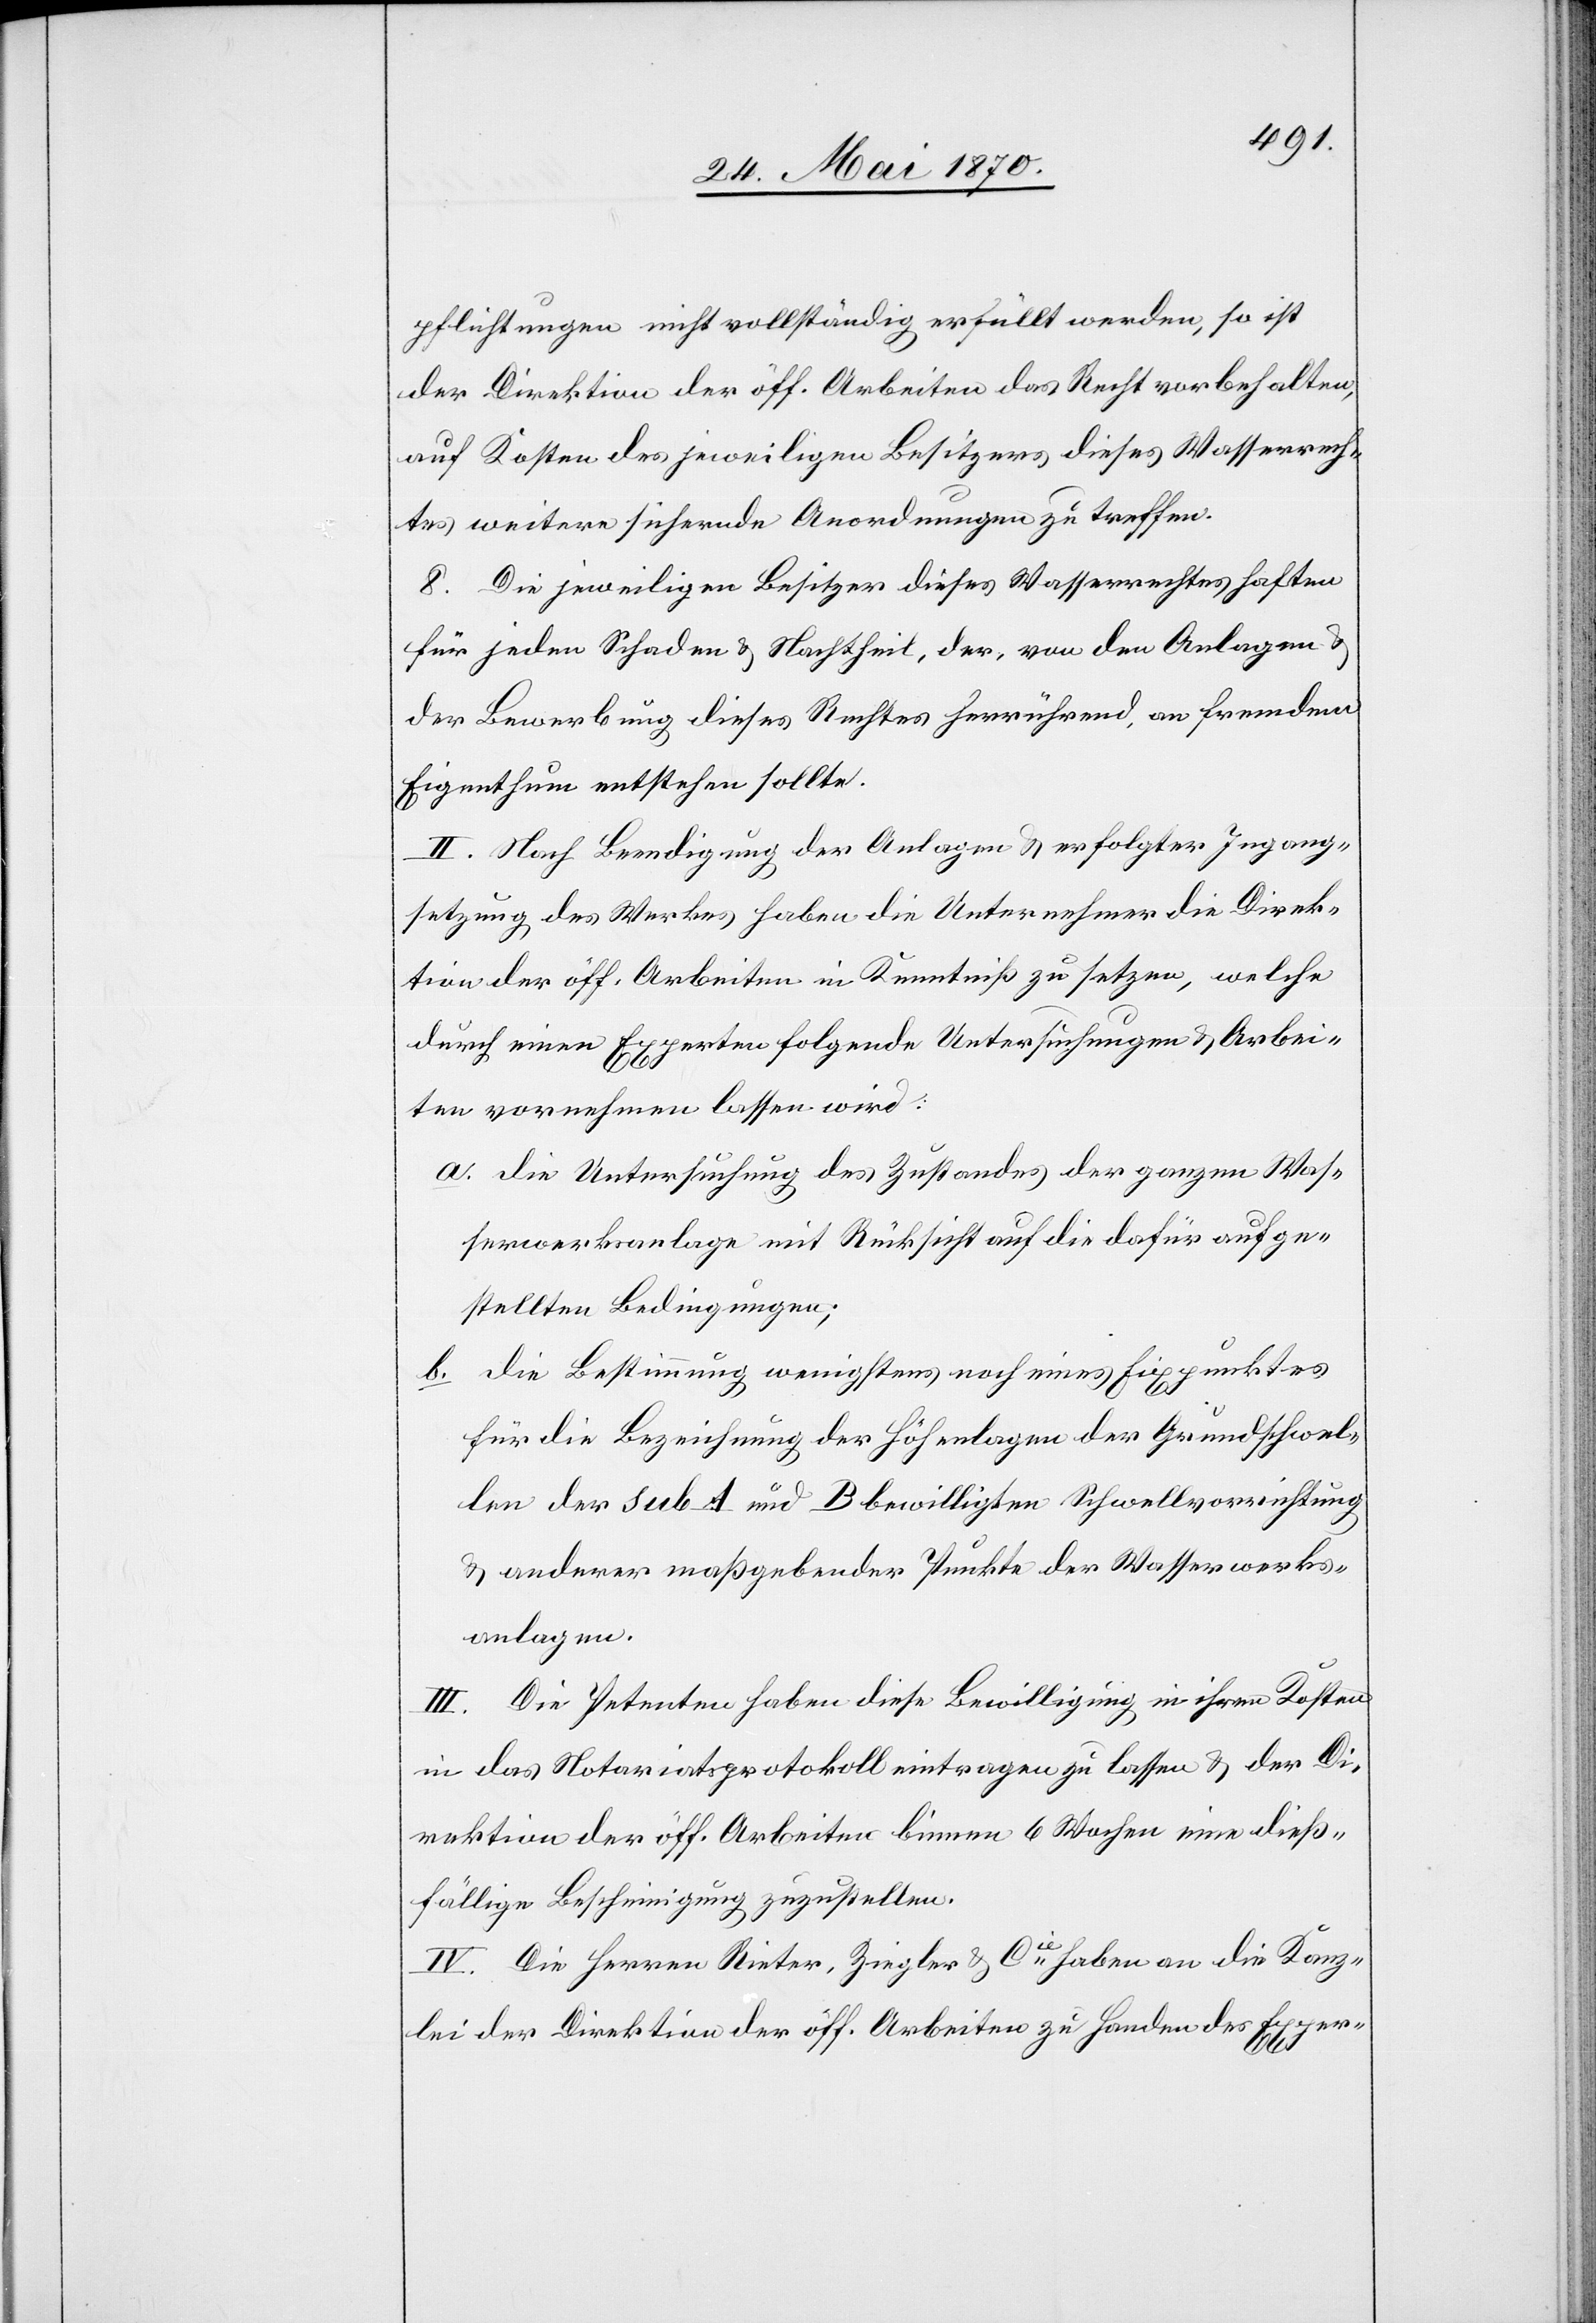
pflichtungen nicht vollständig erfüllt werden, so ist
der Direktion der öff. Arbeiten das Recht vorbehalten,
auf Kosten des jeweiligen Besitzers dieses Wasserrech¬
tes weitere sichernde Anordnungen zu treffen.
8. Die jeweiligen Besitzer dieses Wasserrechtes haften
für jeden Schaden & Nachtheil, der, von den Anlagen &
der Bewerbung dieses Rechtes herrührend, an fremdem
Eigenthum enthalten sollte.
II. Nach Beendigung der Anlagen & erfolgter Ingang¬
setzung des Werkes haben die Unternehmer die Direk¬
tion der öff. Arbeiten in Kenntniß zu setzen, welche
durch einen Experten folgende Untersuchungen & Arbei¬
ten vornehmen lassen wird:
a. die Untersuchung des Zustandes der ganzen Was¬
serwerksanlage mit Rücksicht auf die dafür aufge¬
stellten Bedingungen;
b. die Bestimmung wenigstens noch eines Fixpunktes
für die Bezeichnung der Höhenlagen der Grundschwel¬
len der sub A und B bewilligten Schwellvorrichtung
& anderer maßgebender Punkte der Wasserwerks¬
anlagen.
III. Die Petenten haben diese Bewilligung in ihren Kosten
in das Notariatsprotokoll eintragen zu lassen & der Di¬
rektion der öff. Arbeiten binnen 6 Wochen eine dieß¬
fällige Bescheinigung zuzustellen.
IV. Die Herren Rieter, Ziegler & Cie haben an die Kanz¬
lei der Direktion der öff. Arbeiten zu Handen des Exper-